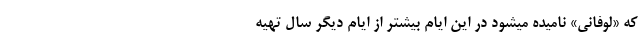
که «لوفانی» نامیده میشود در این ایام بیشتر از ایام دیگر سال تهیه